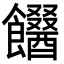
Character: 𩟫